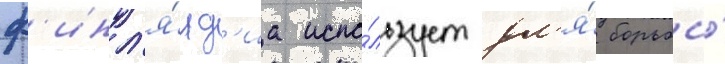
ф'инл'я́нд'иа испо́льзует дл'я́ борьбы́